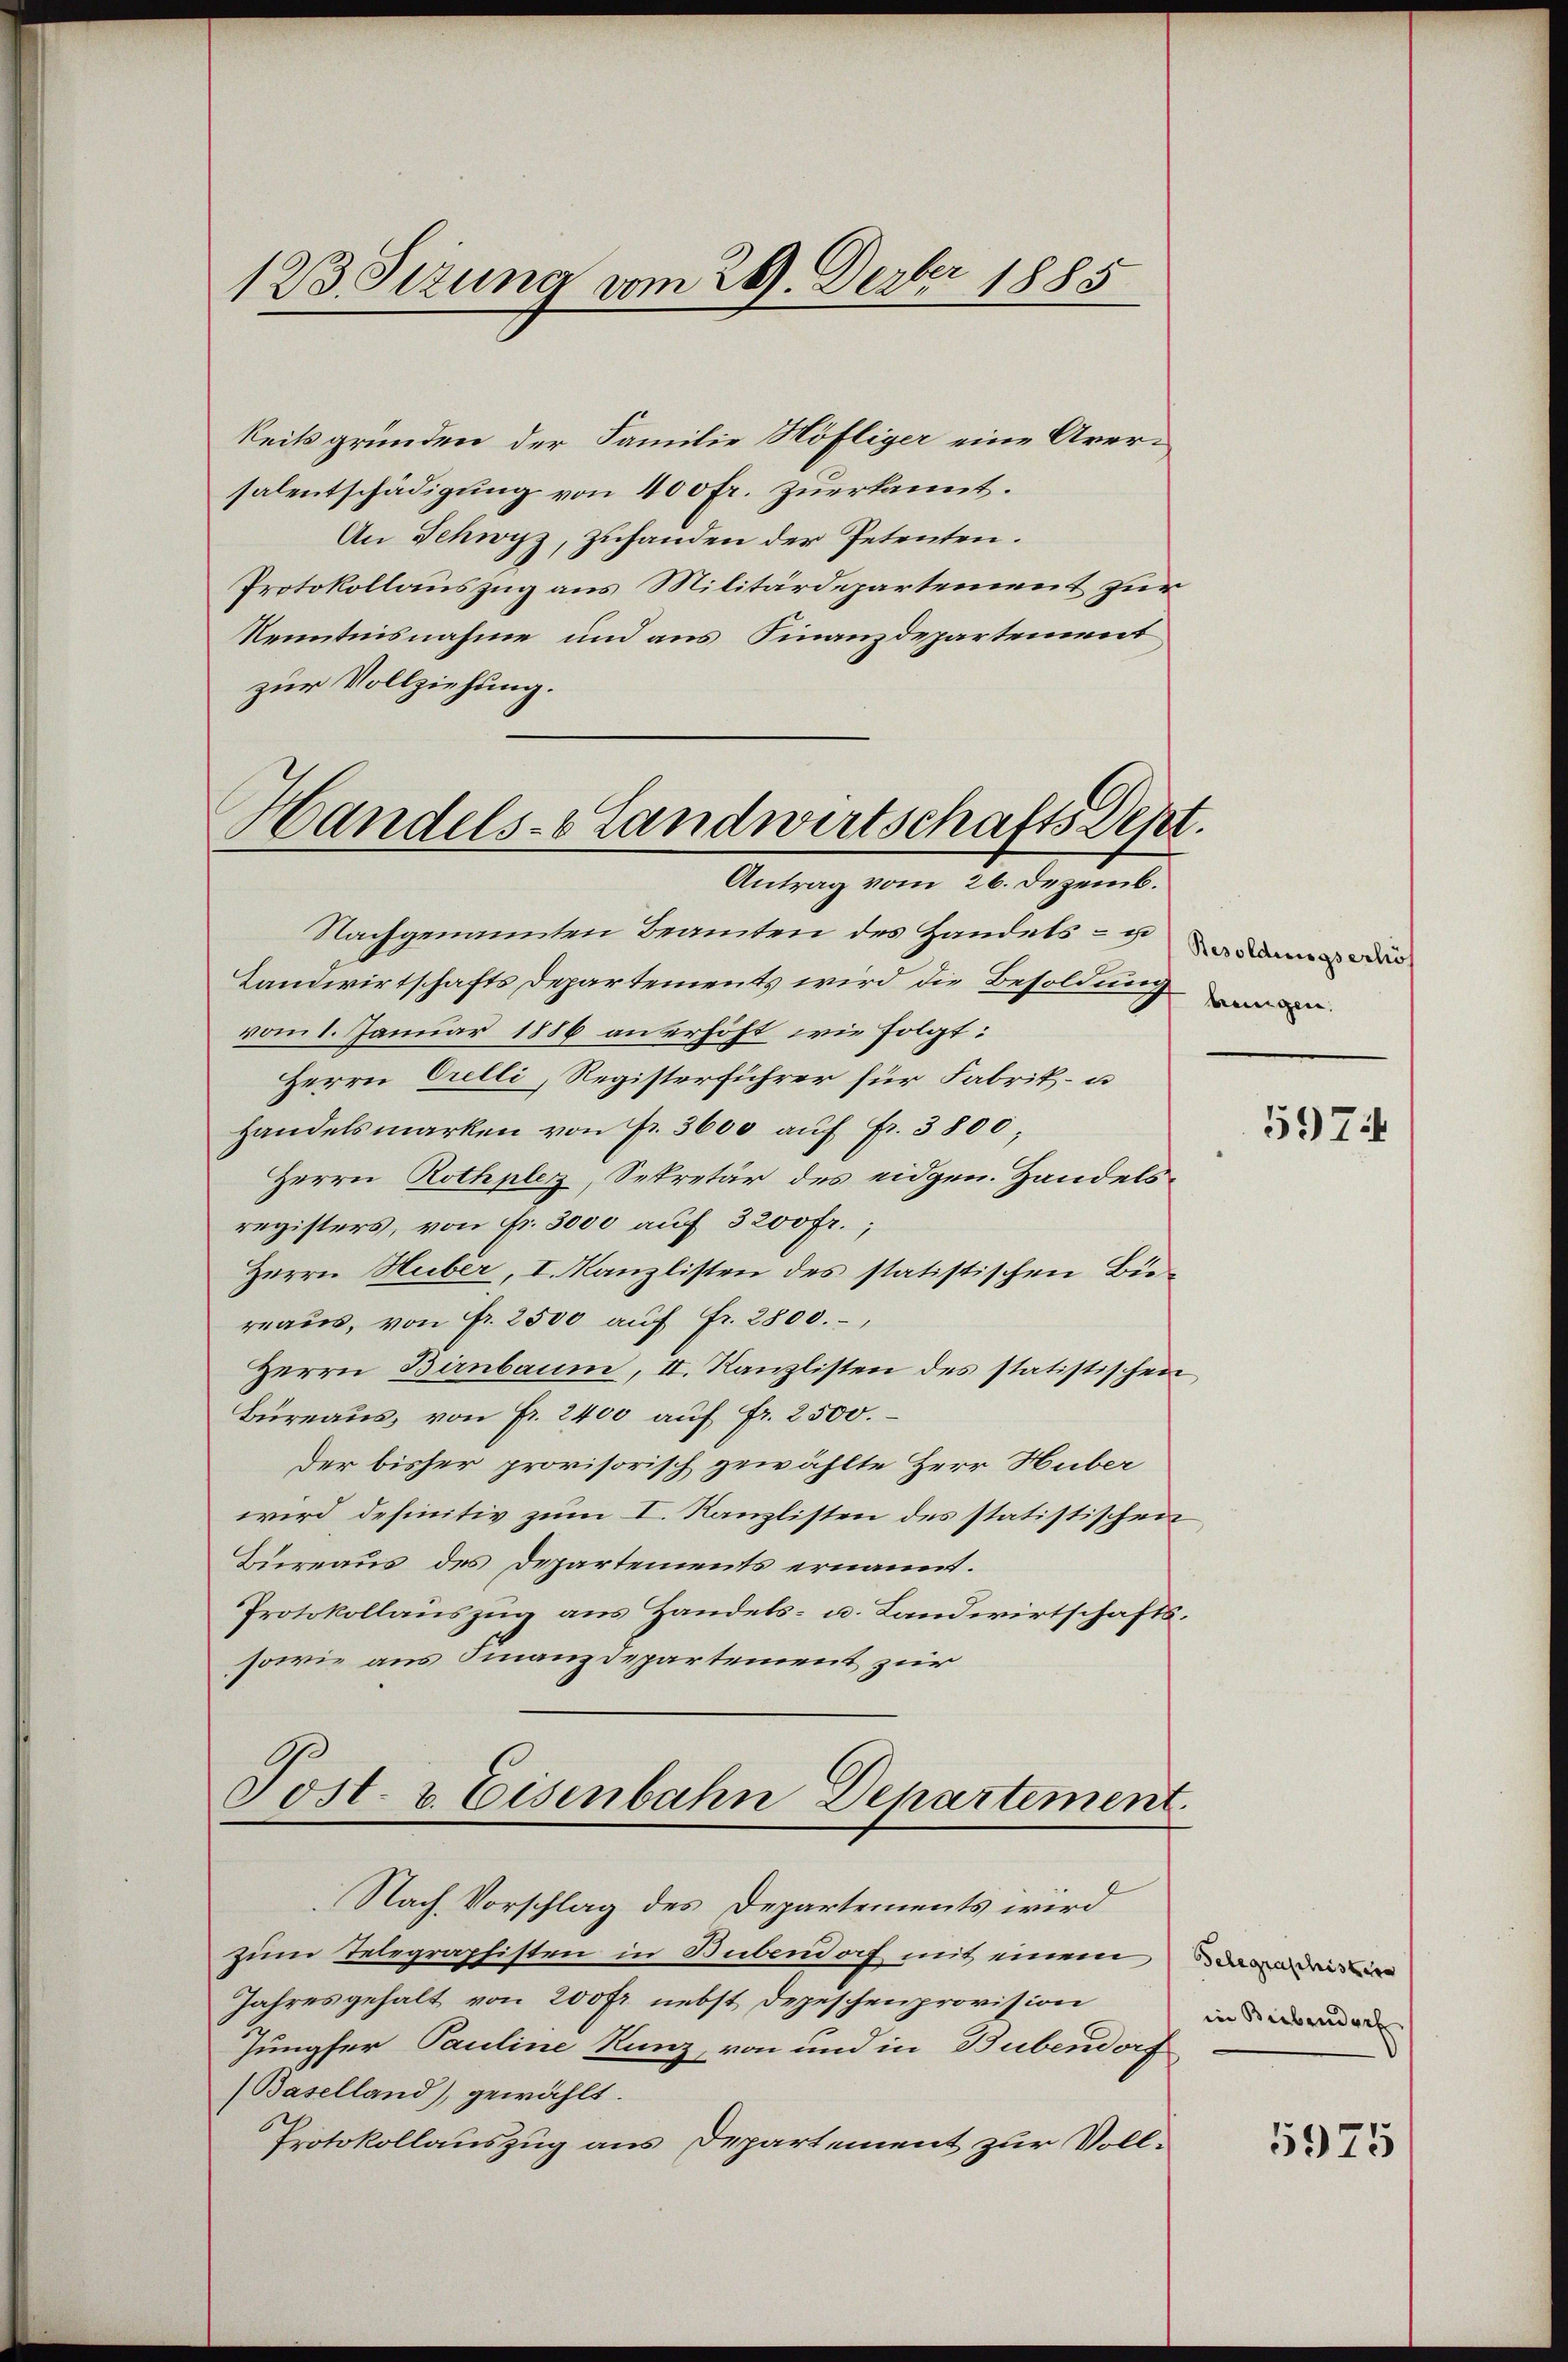
123 Sizung vom 26. Derber 1885

keits gründen der Familie Höfliger eine Aversalentschädigung von 400 fr. zuerkannt.
An Schwyz, zuhanden der Petenten.
Protokollauszug aus Militärdepartement zur
Kenntnisnahme und aus Finanzdepartement
zur Vollziehung.
Antrag vom 26. Dezemb.
Nachgenannten Beamten des Handels- u
Landwirtschafts Departements wird die Besoldung
vom 1. Januar 1886 anerhöht wie folgt:
Herrn Orelli, Registerführer für Fabrik- u
handelsmarken von fr. 3600 aŭf Fr. 3800;
Herrn Rothplez, Sekretär des eidgen. Handelsregisters, von Fr. 3000 auf 3200fr.;
Herrn Huber, I. Kanzlisten des statistischen Bierraus, von Fr. 2500 auf Fr. 2800.
Herrn Birnbaum, II. Kanzlisten des statistischen
Bureaus, von Fr. 2400 auf fr. 2500.
Der bisher provisorisch gewählte Herr Huber
wird definitiv zum I. Kanzlisten des statistischen
Bureaus des Departements ernannt.
Protokollauszug aus Handels- u. Landwirtschafts¬
sowie aus Finanzdepartement zur

Handels- Landwirtschafts Depr

Post. v. Eisenbahn Departement
Nach Vorschlag des Departements wird

zum Telegraphisten in Bubendorf mit einem
Jahresgehalt von 200 fr. nebst Depeschenprovision
Jungfer Pauline Kunz, von und in Bubendorf
Baselland), gewählt.
Protokollauszug aus Departement zur Voll¬

Besoldungserhöh
beigen.

5974

Gelegraphistern
in Biebendorf

u

5975